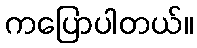
ကပြောပါတယ်။